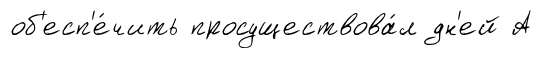
об'есп'е́чить просуществова́л дн'ей А